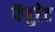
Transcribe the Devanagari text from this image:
फॅवुरेट